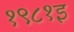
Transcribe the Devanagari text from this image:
१९८१इ